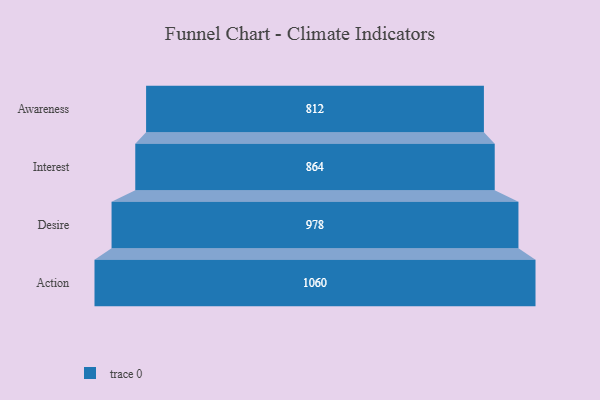
{"axis": {"x": "Stage", "y": "Value"}, "legend": [""], "data": [{"x": "Awareness", "y": 812.0, "type": ""}, {"x": "Interest", "y": 864.0, "type": ""}, {"x": "Desire", "y": 978.0, "type": ""}, {"x": "Action", "y": 1060.0, "type": ""}]}